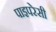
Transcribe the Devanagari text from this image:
पाइपरेसी